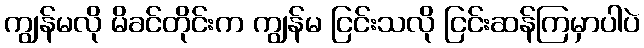
ကျွန်မလို မိခင်တိုင်းက ကျွန်မ ငြင်းသလို ငြင်းဆန်ကြမှာပါပဲ